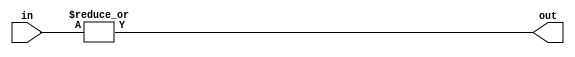
module or_gate_32(
    input [31:0] in,
    output out
);

assign out = |in;

endmodule